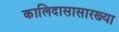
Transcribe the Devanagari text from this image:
कालिदासासारख्या